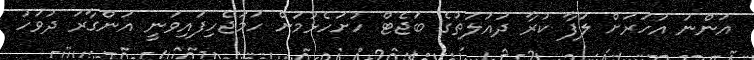
އަންނަ އަހަރަށް ލަފާ ކުރާ ދައުލަތުގެ ބަޖެޓް ހުށަހެޅުމަށް ހަމަޖެހިފައިވަނީ އަންގާރަ ދުވަހު